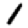
Digit: 1